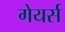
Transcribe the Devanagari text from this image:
गेयर्स